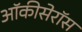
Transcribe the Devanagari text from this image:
ऑकीसेरॉस